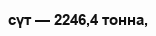
сүт — 2246,4 тонна,